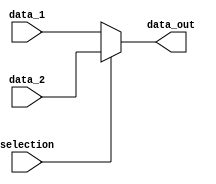
module mulSelector
(
	input selection,
	input [31:0] data_1,
	input [31:0] data_2,
	
	output reg [31:0] data_out

);

always@(selection or data_1 or data_2)
begin
	if(selection == 1'b1)
		data_out = data_2;
	else
		data_out = data_1;
end

endmodule